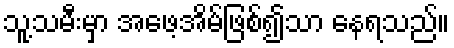
သူ့သမီးမှာ အဖေ့အိမ်ဖြစ်၍သာ နေရသည်။